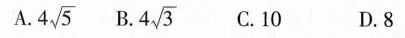
A. 4\sqrt{5} B. 4\sqrt{3} C.10 D.8